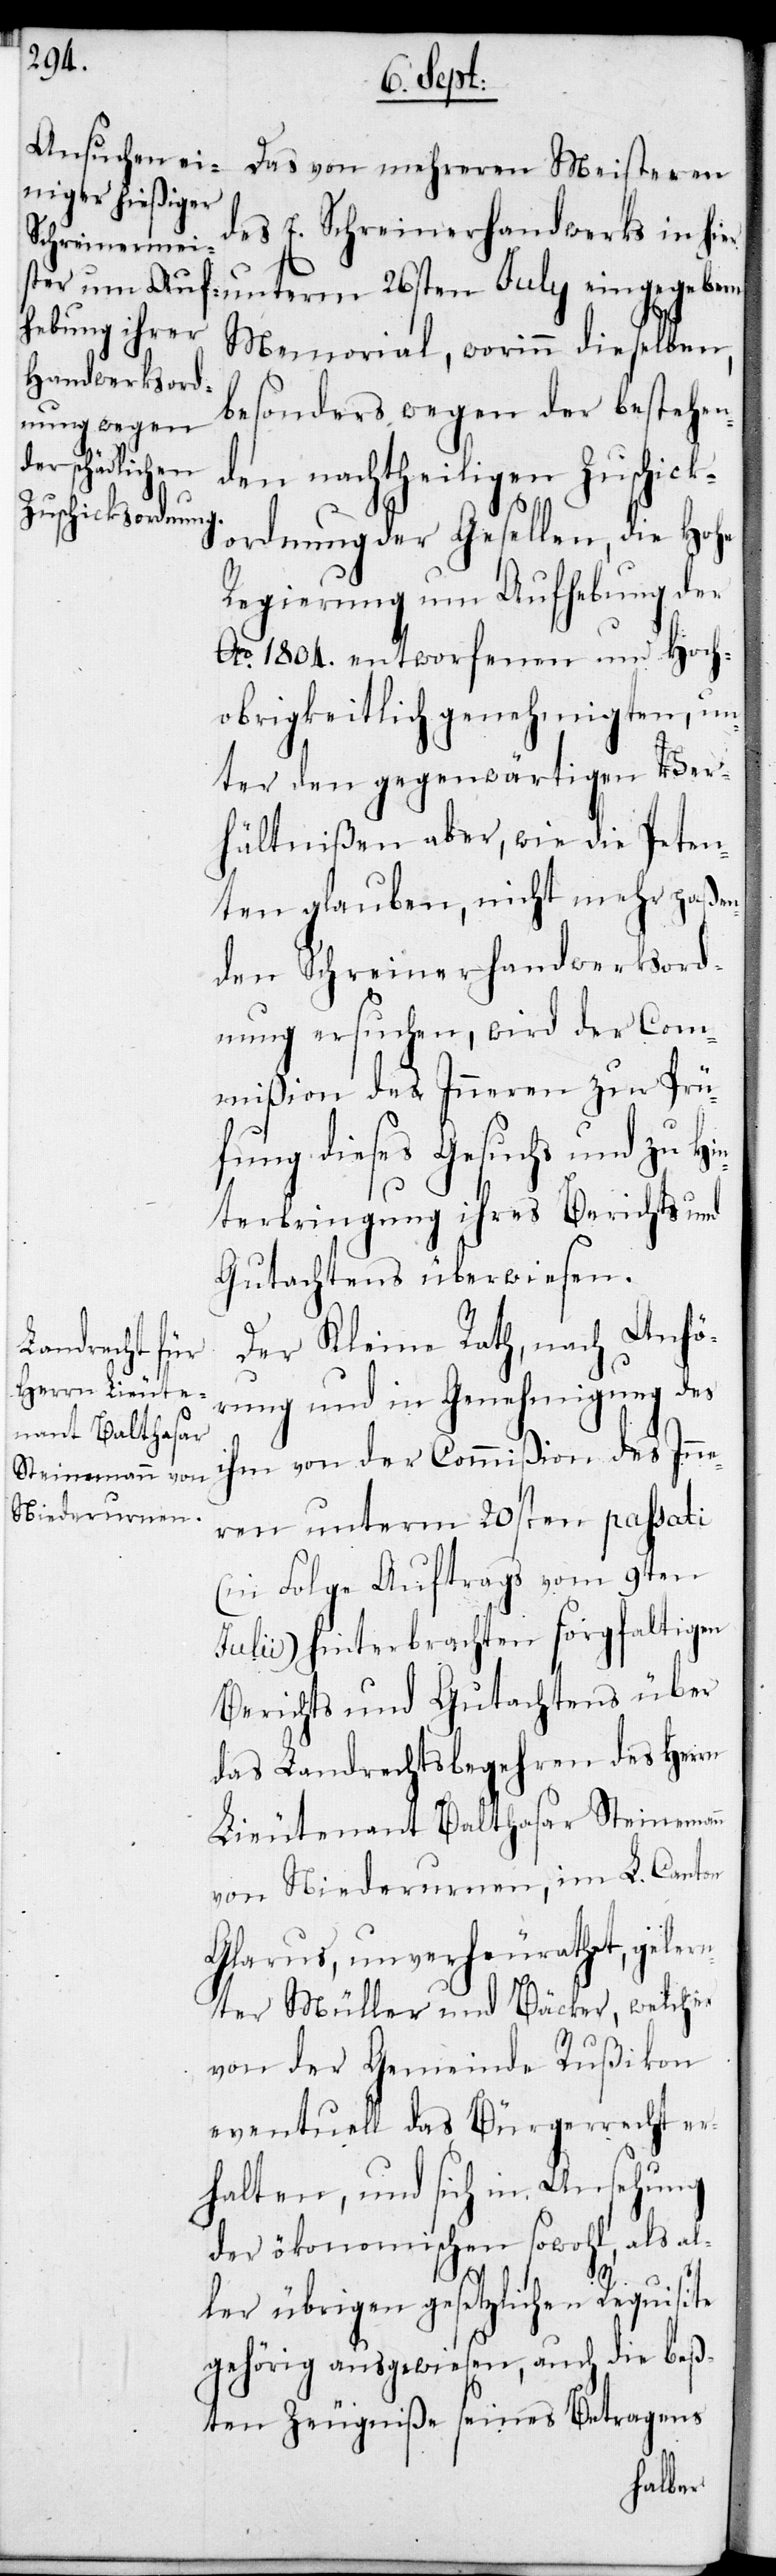
Das von mehreren Meisteren
des E. Schreinerhandwerks in hi¬
er unterm 26sten July eingegebene
Memorial, worinn dieselben,
besonders wegen der bestehen¬
den nachtheiligen Zuschick¬
ordnung der Gesellen, die Hohe
Regierung um Aufhebung der
Ao 1804. entworfenen und Hoch¬
obrigkeitlich genehmigten, un¬
ter den gegenwärtigen Ver¬
hältnißen aber, wie die Peten¬
ten glauben, nicht mehr paßen¬
den Schreinerhandwerksord¬
nung ersuchen, wird der Com¬
mißion des Inneren zur Prü¬
fung dieses Gesuchs und zu Hi¬
nterbringung ihres Berichts und
Gutachtens überwiesen.
Der Kleine Rath, nach Anhö¬
rung und in Genehmigung des
ihm von der Commißion des Inne¬
ren unterm 20sten passati
(in Folge Auftrags vom 9ten
Julii) hinterbrachten sorgfältigen
Berichts und Gutachtens über
das Landrechtsbegehren des Herrn
Lieutenant Balthasar Steinemann
von Niederurnen, im L. Canton
Glarus, unverheurathet, geler¬
nter Müller und Bäcker, welcher
von der Gemeinde Rußikon
eventuell das Bürgerrecht er¬
halten, und sich in Ansehung
der ökonomischen sowohl, als al¬
ler übrigen gesetzlichen Requisite
gehörig ausgewiesen, auch die beß¬
ten Zeugniße seines Betragens